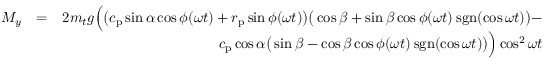
\begin{array} { r l r } { M _ { y } } & { = } & { 2 m _ { t } g \Big ( \big ( c _ { \mathrm { p } } \sin \alpha \cos \phi ( \omega t ) + r _ { \mathrm { p } } \sin \phi ( \omega t ) \big ) \big ( \cos \beta + \sin \beta \cos \phi ( \omega t ) \: \mathrm { s g n } ( \cos \omega t ) \big ) - } \\ & { } & { c _ { \mathrm { p } } \cos \alpha \big ( \sin \beta - \cos \beta \cos \phi ( \omega t ) \: \mathrm { s g n } ( \cos \omega t ) \big ) \Big ) \cos ^ { 2 } \omega t } \end{array}